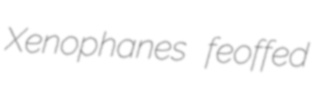
Xenophanes feoffed